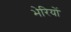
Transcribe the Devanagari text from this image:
भेरियों